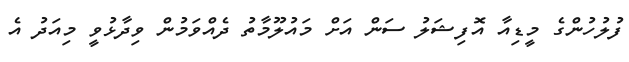
ފުލުހުންގެ މީޑިއާ އޮފިޝަލު ސަން އަށް މައުލޫމާތު ދެއްވަމުން ވިދާޅުވީ މިއަދު އެ